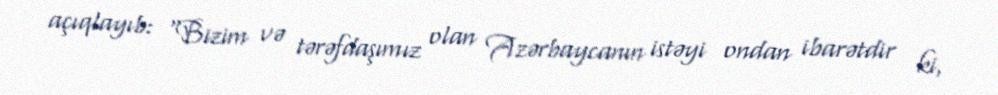
açıqlayıb: “Bizim və tərəfdaşımız olan Azərbaycanın istəyi ondan ibarətdir ki,